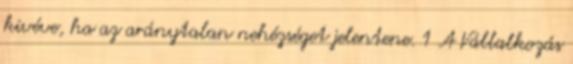
kivéve, ha az aránytalan nehézséget jelentene. 1 A Vállalkozás